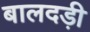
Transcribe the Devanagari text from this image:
बालदड़ी